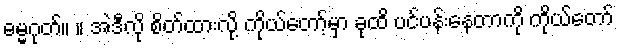
ဓမ္မဂုတ်။ ။ အဲဒီလို စိတ်ထားလို့ ကိုယ်တော့်မှာ ခုထိ ပင်ပန်းနေတာကို ကိုယ်တော်